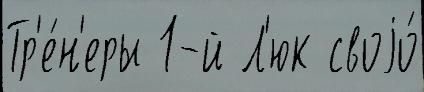
Тр'е́н'еры 1-й Л'юк своjо́